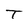
Character: T